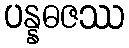
ပန္နဓဇဿ